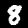
Label: 8